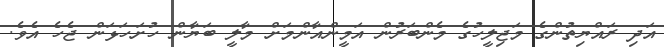
އަދި ރައްޔިތުންގެ މަޖިލީހުގެ މެންބަރުން އަމީންއާންމަށް މާލީ ބަޔާން ހުށަހަޅަން ޖެހެ އެވެ.